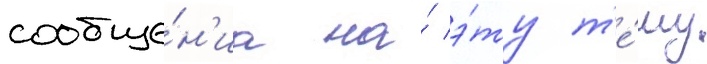
сообще́н'иа на́ э́ту т'е́му